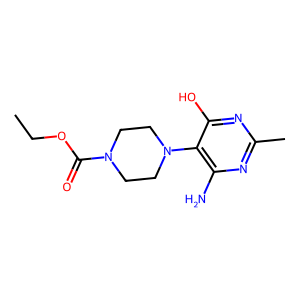
SMILES: CCOC(=O)N1CCN(c2c(N)nc(C)nc2O)CC1
Inhibits HIV replication: No